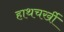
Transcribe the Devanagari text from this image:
हाथचर्खी